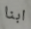
ابنا